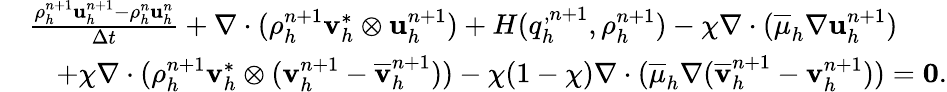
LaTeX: \begin{array}{rl}&{\frac{\rho_{h}^{n+1}\mathbf u_{h}^{n+1}-\rho_{h}^{n}\mathbf u_{h}^{n}}{\Delta t}+\nabla\cdot(\rho_{h}^{n+1}\mathbf v_{h}^{*}\otimes\mathbf u_{h}^{n+1})+H(q_{h}^{,n+1},\rho_{h}^{n+1})-\chi\nabla\cdot(\overline{{\mu}}_{h}\nabla{\mathbf u}_{h}^{n+1})}\\ &{\quad+\chi\nabla\cdot(\rho_{h}^{n+1}\mathbf v_{h}^{*}\otimes(\mathbf v_{h}^{n+1}-\overline{{\mathbf v}}_{h}^{n+1}))-\chi(1-\chi)\nabla\cdot(\overline{{\mu}}_{h}\nabla(\overline{{\mathbf v}}_{h}^{n+1}-{\mathbf v}_{h}^{n+1}))=\boldsymbol{0}.}\end{array}